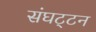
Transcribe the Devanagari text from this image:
संघट्‍टन